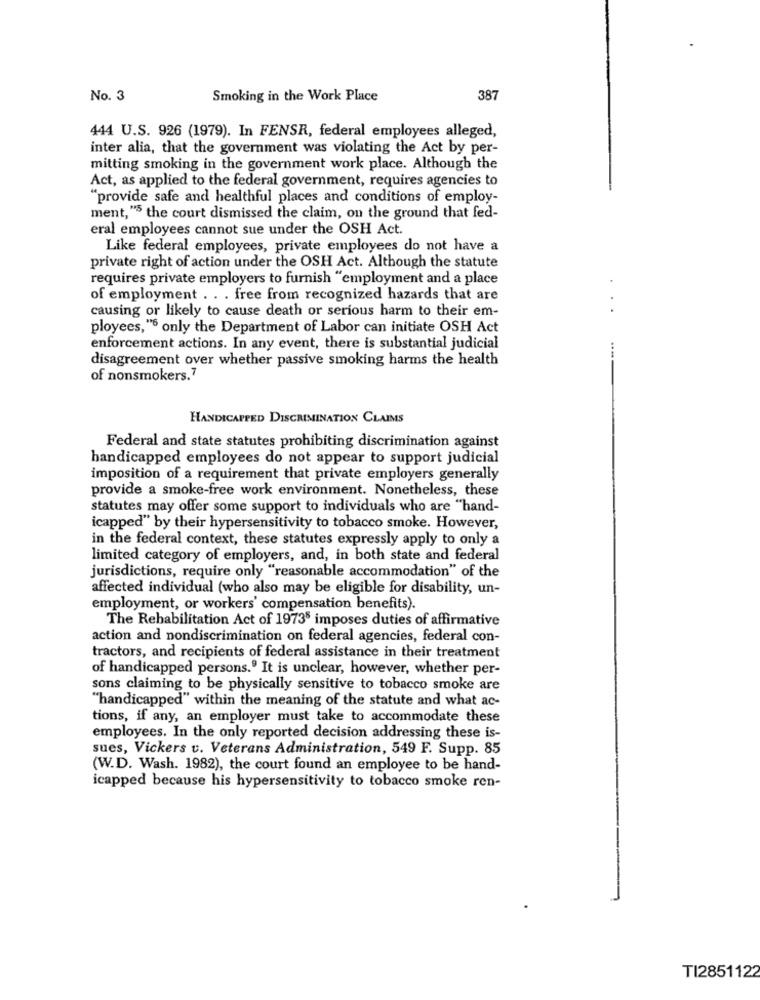
No. 3
Smoking in the Work Place
387
444 U.S. 926 (1979). In FENSR, federal employees alleged,
inter alia, that the government was violating the Act by per-
mitting smoking in the government work place. Although the
Act, as applied to the federal government, requires agencies to
"provide safe and healthful places and conditions of employ-
ment, "5 the court dismissed the claim, on the ground that fed-
eral employees cannot sue under the OSH Act.
Like federal employees, private employees do not have a
private right of action under the OSH Act. Although the statute
requires private employers to furnish "employment and a place
of employment . . . free from recognized hazards that are
causing or likely to cause death or serious harm to their em-
ployees,"6 only the Department of Labor can initiate OSH Act
enforcement actions. In any event, there is substantial judicial
disagreement over whether passive smoking harms the health
of nonsmokers.7
HANDICAPPED DISCRIMINATION CLAIMS
Federal and state statutes prohibiting discrimination against
handicapped employees do not appear to support judicial
imposition of a requirement that private employers generally
provide a smoke-free work environment. Nonetheless, these
statutes may offer some support to individuals who are "hand-
icapped" by their hypersensitivity to tobacco smoke. However,
in the federal context, these statutes expressly apply to only a
limited category of employers, and, in both state and federal
jurisdictions, require only "reasonable accommodation" of the
affected individual (who also may be eligible for disability, un-
employment, or workers' compensation benefits).
The Rehabilitation Act of 19735 imposes duties of affirmative
action and nondiscrimination on federal agencies, federal con-
tractors, and recipients of federal assistance in their treatment
of handicapped persons.º It is unclear, however, whether per-
sons claiming to be physically sensitive to tobacco smoke are
"handicapped" within the meaning of the statute and what ac-
tions, if any, an employer must take to accommodate these
employees. In the only reported decision addressing these is-
sues, Vickers v. Veterans Administration, 549 F. Supp. 85
(W.D. Wash. 1982), the court found an employee to be hand-
icapped because his hypersensitivity to tobacco smoke ren-
TI2851122